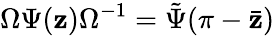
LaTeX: \Omega\Psi(\mathbf{z})\Omega^{-1}=\tilde{{\Psi}}(\pi-\bar{{\mathbf{z}}})